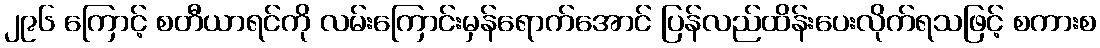
၂၉၆ ကြောင့် စတီယာရင်ကို လမ်းကြောင်းမှန်ရောက်အောင် ပြန်လည်ထိန်းပေးလိုက်ရသဖြင့် စကားစ